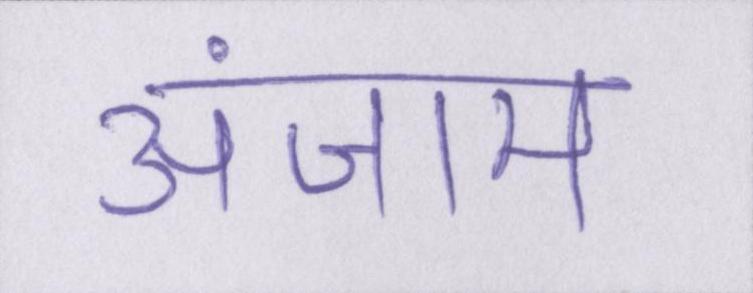
अंजाम